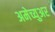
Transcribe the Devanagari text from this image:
अमेच्युअर